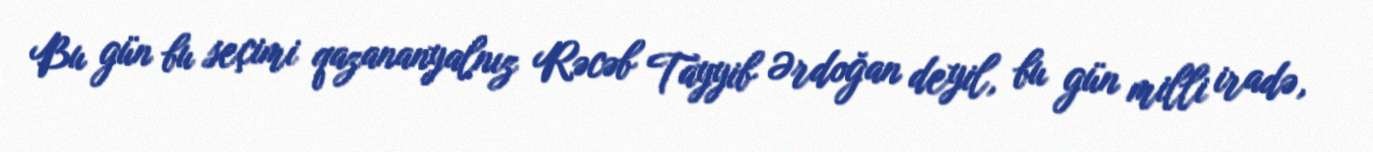
Bu gün bu seçimi qazananyalnız Rəcəb Tayyib Ərdoğan deyil, bu gün milli iradə,